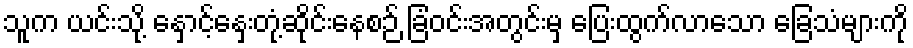
သူက ယင်းသို့ နှောင့်နှေးတုံ့ဆိုင်းနေစဉ် ခြံဝင်းအတွင်းမှ ပြေးထွက်လာသော ခြေသံများကို